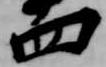
四